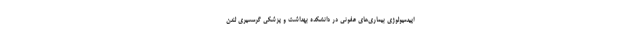
اپیدمیولوژی بیماری‌های عفونی در دانشکده بهداشت و پزشکی گرمسیری لندن